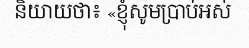
និយាយថា៖ «ខ្ញុំសូមប្រាប់អស់